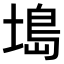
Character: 𫮖